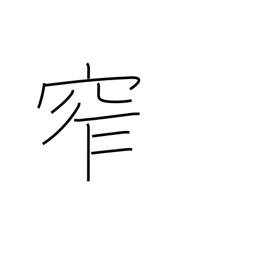
Meaning: furl